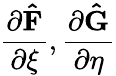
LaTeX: \frac{\partial\mathbf{\hat{F}}}{\partial\xi},\frac{\partial\mathbf{\hat{G}}}{\partial\eta}